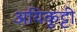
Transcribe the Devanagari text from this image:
अयिकुट्टी